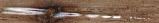
Speed Limit 60